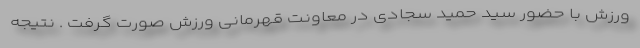
ورزش با حضور سید حمید سجادی در معاونت قهرمانی ورزش صورت گرفت . نتیجه